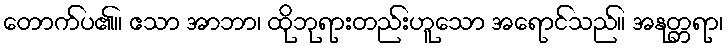
တောက်ပ၏။ ဧသာ အာဘာ၊ ထိုဘုရားတည်းဟူသော အရောင်သည်။ အနုတ္တရာ၊